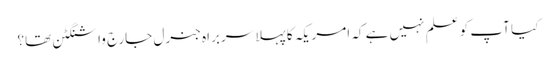
کیا آپ کو علم نہیں ہے کہ امریکہ کا پہلا سربراہ جنرل جارج واشنگٹن تھا؟